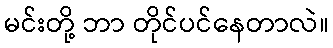
မင်းတို့ ဘာ တိုင်ပင်နေတာလဲ။